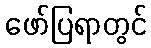
ဖော်ပြရာတွင်